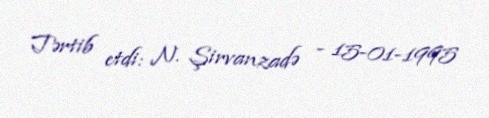
Tərtib etdi: N. Şirvanzadə - 15-01-1995